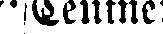
Tenme